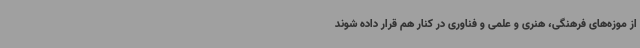
از موزه‌های فرهنگی، هنری و علمی و فناوری در کنار هم قرار داده شوند